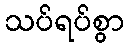
သပ်ရပ်စွာ